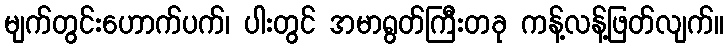
မျက်တွင်းဟောက်ပက်၊ ပါးတွင် အမာရွတ်ကြီးတခု ကန့်လန့်ဖြတ်လျက်။